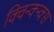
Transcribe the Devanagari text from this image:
क्विन्क्न्क्स